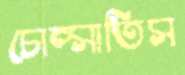
চোপ্‌সাতিস